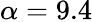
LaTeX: \alpha=9.4